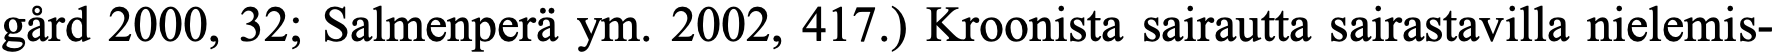
gård 2000, 32; Salmenperä ym. 2002, 417.) Kroonista sairautta sairastavilla nielemis-